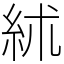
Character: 絉